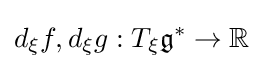
d_{\xi }f,d_{\xi }g:T_{\xi }{\mathfrak {g}}^{*}\to \mathbb {R}